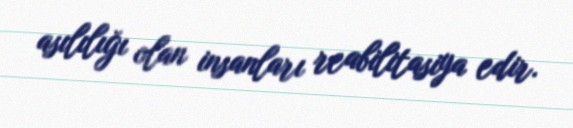
asılılığı olan insanları reabilitasiya edir.